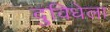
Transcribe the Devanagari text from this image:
दुविधेला